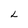
Character: L